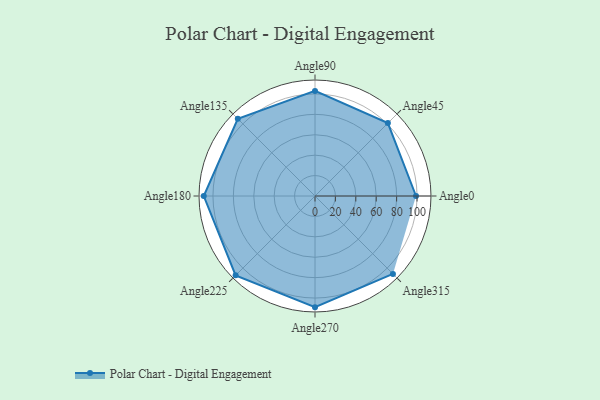
{"axis": {"x": "Angle", "y": "Radius"}, "legend": [""], "data": [{"x": "Angle0", "y": 99.0, "type": ""}, {"x": "Angle45", "y": 101.0, "type": ""}, {"x": "Angle90", "y": 103.0, "type": ""}, {"x": "Angle135", "y": 107.0, "type": ""}, {"x": "Angle180", "y": 109.0, "type": ""}, {"x": "Angle225", "y": 110.0, "type": ""}, {"x": "Angle270", "y": 109.0, "type": ""}, {"x": "Angle315", "y": 108.0, "type": ""}]}